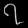
Digit: ၇